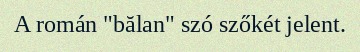
A román "bălan" szó szőkét jelent.